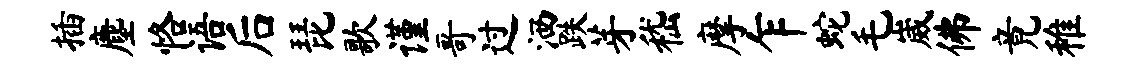
插麈恪语后琵歌谨哥过洒跌芽嵇摩乍蛇毛崴佛竟稚